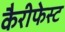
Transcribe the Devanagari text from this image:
कैरीफेस्ट